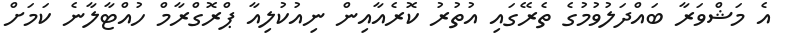
އެ މަޝްވަރާ ބައްދަލުވުމުގެ ތެރޭގައި އުތުރު ކޮރެއާއިން ނިއުކުލިއާ ޕްރޮގްރާމް ހުއްޓާލާނެ ކަމަށް